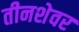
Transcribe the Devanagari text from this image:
तीनशेवर